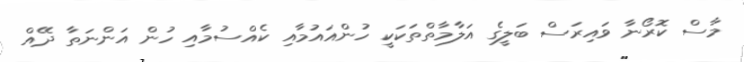
މާސް ކޮރޯނާ ވައިރަސް ބަލީގެ އަލާމާތްތަކަކީ ހުންއައުމާއި ކެއްސުމާއި ހުން އަންނަތާ ދޭއް